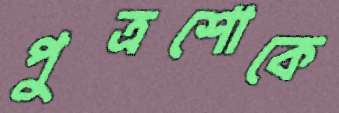
পুত্রশোকে